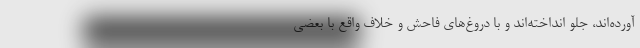
آورده‌اند، جلو انداخته‌اند و با دروغ‌های فاحش و خلاف واقع با بعضی